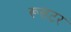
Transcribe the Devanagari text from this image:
रूसटर